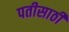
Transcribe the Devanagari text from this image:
पतीसाठी